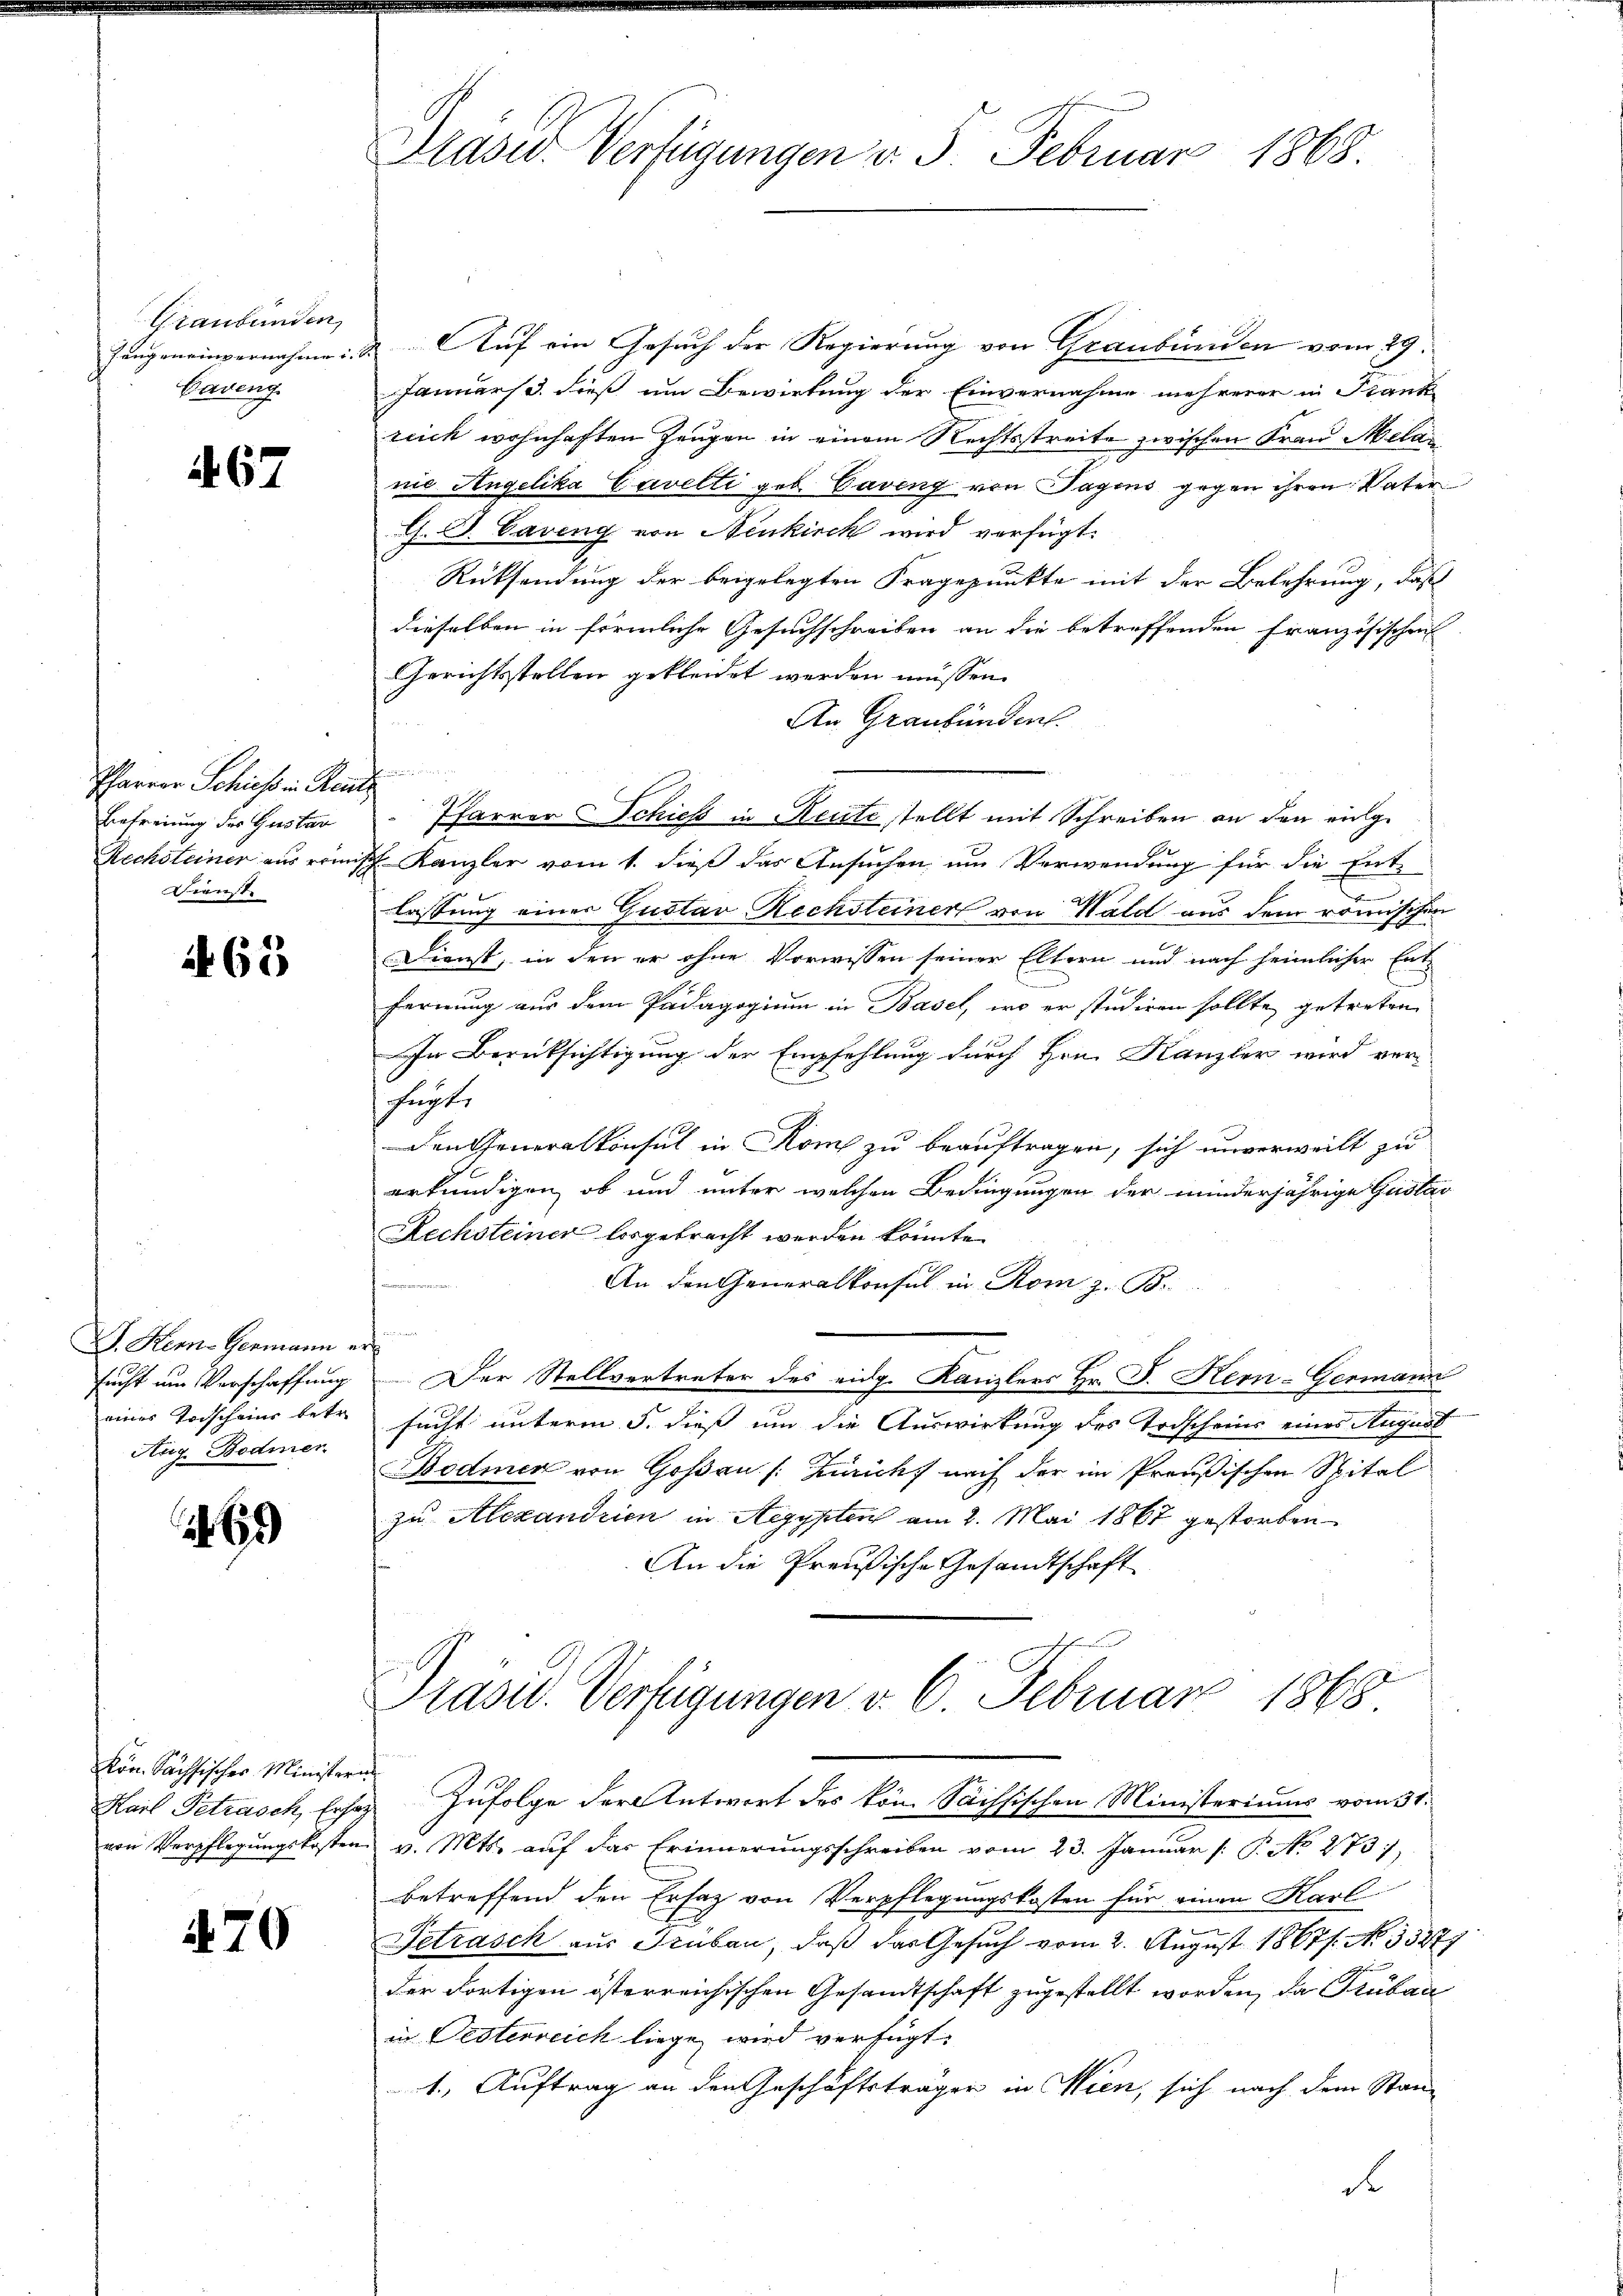
Graubünden
fangeneinvernahme i
Bernenn

67

Pfarrer Schiess in Reut
Befreiung des Gustar
Dienst.

63

D. Kern-Germann er
sucht um Verschaffung
eines Trischeine betre
Aug. Bodmer

69

Kom. Sächsischer Ministern
von Verpflegungskosten

470

Präsid. Verfügungen d. 3. Februar 1868.

Auf ein Gesuch der Regierung von Graubünden vom 29.
.
Januars dieß um Bewirkung der Einvernahme mehrerer in Frank
reich wohnhaften Zeugen in einem Rechtsstreite zwischen Frau Mela
nie Angelika Cavelti geb. Caveng von Tagens gegen ihren Vater
C. V. Caving von Neukirch wird verfügt:
Rücksendung der beigelegten Fragepunkte mit der Belehrung, daß
dieselben in förmliche Gesuchschreiben an die betreffenden Französischen
Gerichtsstellen gekleidet werden müssen.
An Graubünden.
men
Pfarrer Schieß in Reute stellt mit Schreiben an den einge
Rechsteiner aus römisch. Kanzler vom 1. dieß das Ansuchen um Verwendung für die Ent-
lassung einer Gustav Rechsteiner von Wald aus dem römischen
Dienst, in den er ohne Vorwissen seiner Eltern und nach heimlicher Entfernung aus dem Pädagogium in Basel, wo er studiren sollte getreten
In Berücksichtigung der Empfehlung durch Hrn. Kanzler wird verfügte
Den Generalkonsul in Rom zu beauftragen, sich unverweilt zu
erkundigen, ob und unter welchen Bedingungen der minderjährige Gustav
Rechsteiner losgebracht werden könnte.
An den Generalkonsul in Rom z. B.
Sei der
¬
Der Stellvertreter des eidg. Kanzlers Hr. J. Kern-Germann
sucht unterm 5. dieß um die Auswirkung des Todscheins eines August
Bodmer von Goßau /: Züricht nach der im Preußischen Spital
zu Alexandrien in Aegypten am 2. Mai 1867 gestorben
An die Preußische Gesandtschaft
Präsid. Verfügungen v. 6. Februar 1868
Karl Getrasch, Ersez Zufolge der Antwort des kön. Sächsischen Ministeriums vom 31.
v. Mts. auf das Erinnerungsschreiben vom 23. Januar (: P. No 2731)
betreffend den Ersaz von Verpflegungskosten für einen Karl
2
Tetrasch aus Subau, daß das Gesuch vom 2. August 18671. No. 35277
der dortigen österreichischen Gesandtschaft zugestellt worden, da Trübau
in Oesterreich liege wird verfügt:
1. Auftrag an den Geschäftsträger in Wien, sich nach dem Stand